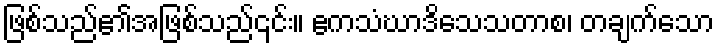
ဖြစ်သည်၏အဖြစ်သည်၎င်း။ ဧကသံဃာဒိသေသတာစ၊ တချက်သော